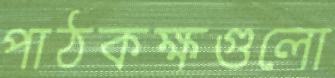
পাঠকক্ষগুলো